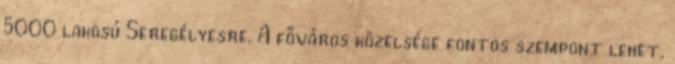
5000 lakosú Seregélyesre. A főváros közelsége fontos szempont lehet,